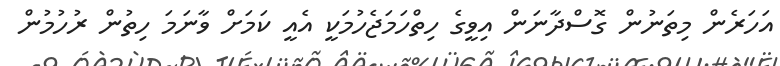
އަހަރެން މިތަނުން ގޮސްދާނަން އިވީގެ ހިތްހަމަޖެހުމަކީ އެއީ ކަމަށް ވާނަމަ ހިތުން ރުހުމުން